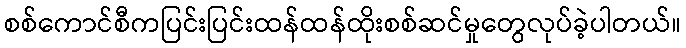
စစ်ကောင်စီကပြင်းပြင်းထန်ထန်ထိုးစစ်ဆင်မှုတွေလုပ်ခဲ့ပါတယ်။